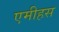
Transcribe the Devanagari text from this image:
एमीहस